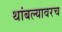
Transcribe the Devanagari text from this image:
थांबल्यावरच